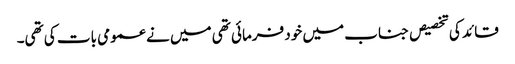
قائد کی تخصیص جناب میں خود فرمائی تھی میں نے عمومی بات کی تھی۔